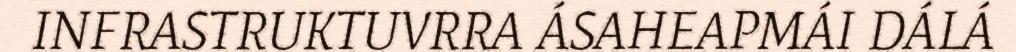
INFRASTRUKTUVRRA ÁSAHEAPMÁI DÁLÁ